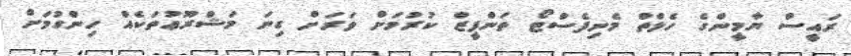
ރައީސް ޔާމީންގެ ހެލްތް މެނިފެސްޓޯ ތަންފީޒް ކުރުމަށް ވަރަށް ގިނަ މަޝްރޫޢުތަކެއް ހިންގުމަށް